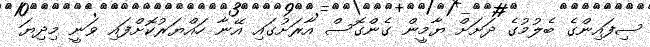
ސިފައިންގެ ބެލުމުގެ ދަށަށް ޔާމީން ގެންގޮސް އާރަށުގައި އޭނާ ހައްޔަރުކޮށްފައި ވަނީ މިދިޔަ